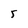
Character: 5